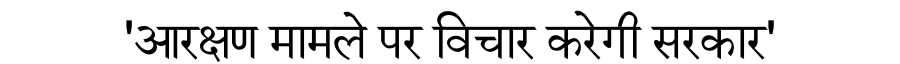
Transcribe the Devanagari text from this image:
'आरक्षण मामले पर विचार करेगी सरकार'